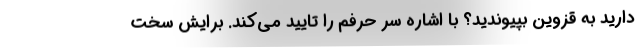
دارید به قزوین بپیوندید؟ با اشاره سر حرفم را تایید می‌کند. برایش سخت